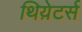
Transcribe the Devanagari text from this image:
थिय़ेटर्स